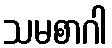
သမစာဂါ